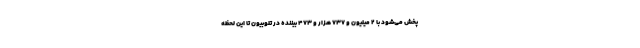
پخش می‌شود با ۲ میلیون و ۷۳۷ هزار و ۴۷۳ بیننده در تلوبیون تا این لحظه